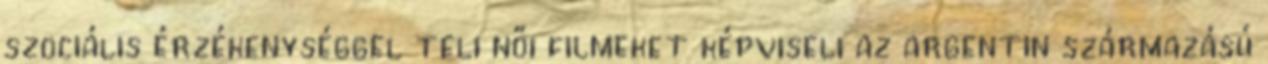
szociális érzékenységgel teli női filmeket képviseli az argentin származású